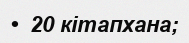
•  20 кітапхана;